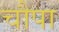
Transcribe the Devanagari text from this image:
चौपा